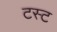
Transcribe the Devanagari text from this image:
टस्ट